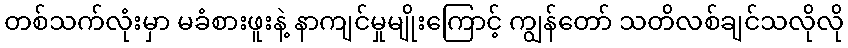
တစ်သက်လုံးမှာ မခံစားဖူးနဲ့ နာကျင်မှုမျိုးကြောင့် ကျွန်တော် သတိလစ်ချင်သလိုလို